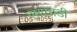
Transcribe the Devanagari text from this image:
एमएचडी